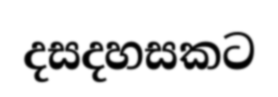
දසදහසකට